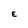
Character: E